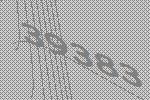
39383